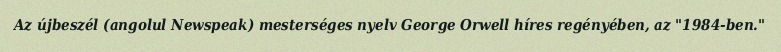
Az újbeszél (angolul Newspeak) mesterséges nyelv George Orwell híres regényében, az "1984-ben."